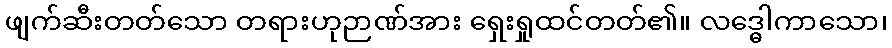
ဖျက်ဆီးတတ်သော တရားဟုဉာဏ်အား ရှေးရှုထင်တတ်၏။ လဒ္ဓေါကာသော၊